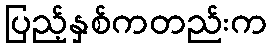
ပြည့်နှစ်ကတည်းက